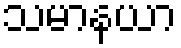
သမာနယာ